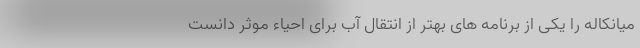
میانکاله را یکی از برنامه های بهتر از انتقال آب برای احیاء موثر دانست